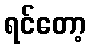
ရင်တော့